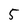
Character: 5